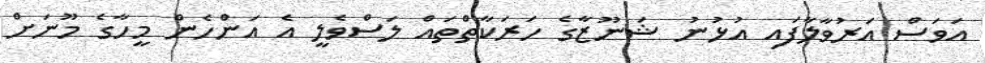
އަވަސް އަރުވާލާފައި އުޅުނު ޝަނޫޒާގެ ހަރަކާތްތައް ލަސްވެލީ އެ އަންހެން މީހާގެ މޫނަށް